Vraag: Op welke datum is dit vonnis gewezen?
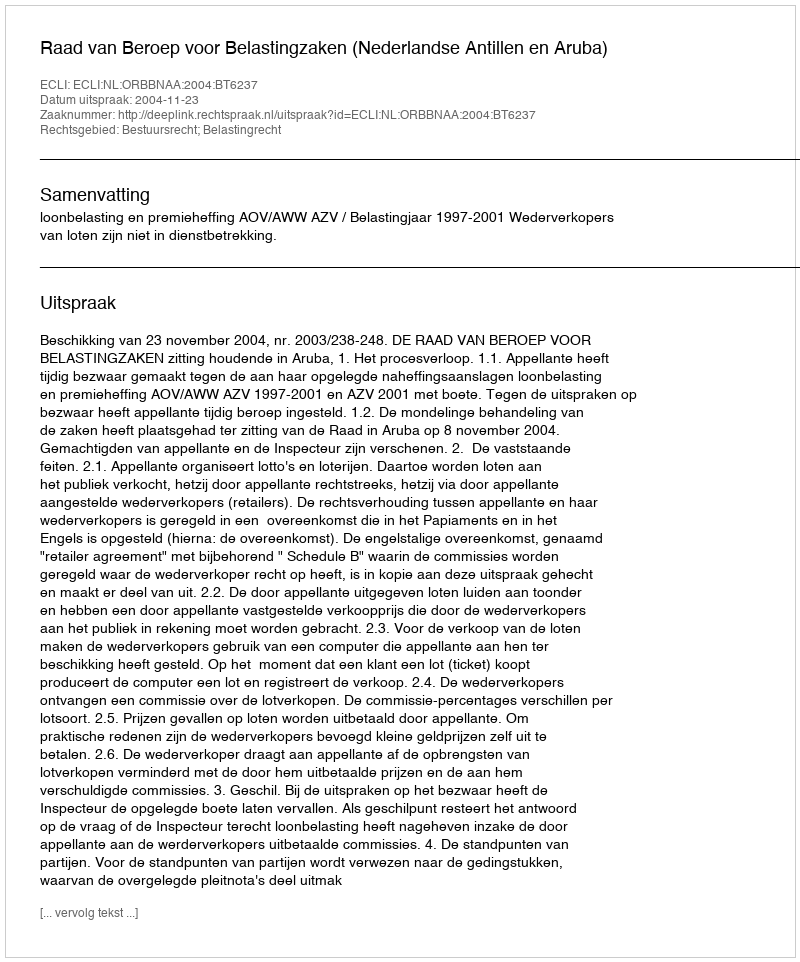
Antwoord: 2004-11-23